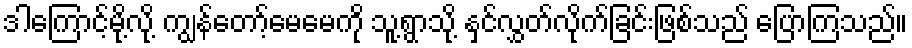
ဒါကြောင့်မို့လို့ ကျွန်တော့်မေမေကို သူ့ရွာသို့ နှင်လွှတ်လိုက်ခြင်းဖြစ်သည် ပြောကြသည်။